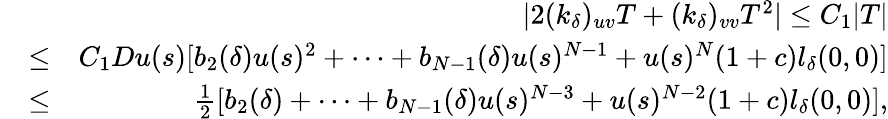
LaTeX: \begin{array}{rlr}&{}&{|2(k_{\delta})_{uv}T+(k_{\delta})_{vv}T^{2}|\leq C_{1}|T|}\\ &{\leq}&{C_{1}Du(s)[b_{2}(\delta)u(s)^{2}+\cdots+b_{N-1}(\delta)u(s)^{N-1}+u(s)^{N}(1+c)l_{\delta}(0,0)]}\\ &{\leq}&{\frac{1}{2}[b_{2}(\delta)+\cdots+b_{N-1}(\delta)u(s)^{N-3}+u(s)^{N-2}(1+c)l_{\delta}(0,0)],}\end{array}